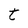
Character: t